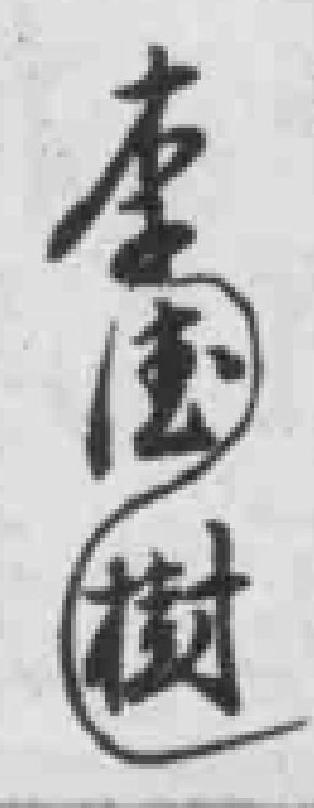
李樹*